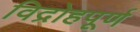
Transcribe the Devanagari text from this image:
विद्रोहपूर्ण